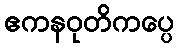
ဧကနဝုတိကပ္ပေ